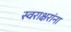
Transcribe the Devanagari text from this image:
स्वराक्षरांना